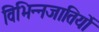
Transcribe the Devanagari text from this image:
विभिन्नजातियों